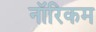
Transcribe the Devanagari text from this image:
नॉरिकम